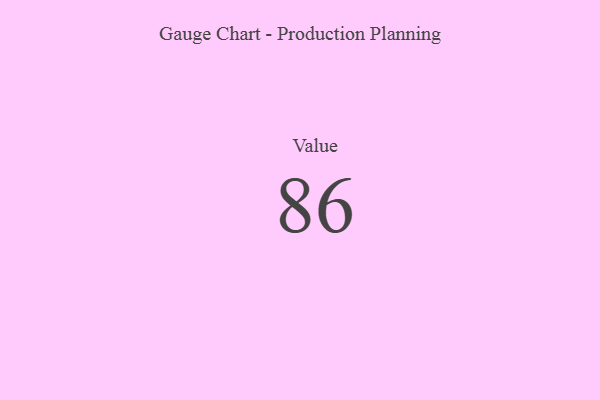
{"axis": {"x": "Metric", "y": "Value"}, "legend": [""], "data": [{"x": "Value", "y": 86, "type": ""}]}